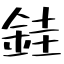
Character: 銈